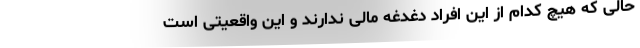
حالی که هیچ کدام از این افراد دغدغه مالی ندارند و این واقعیتی است